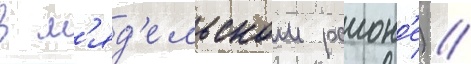
в м'яд'ельском раион'е) //